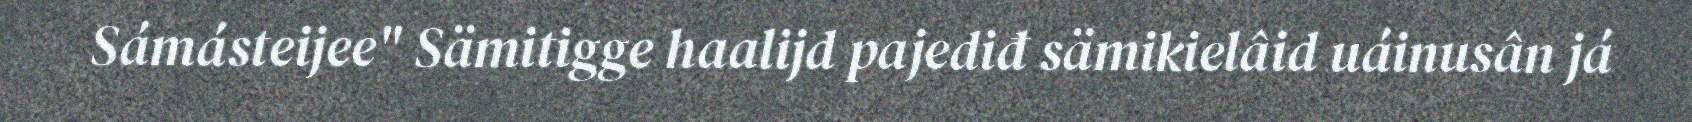
Sámásteijee" Sämitigge haalijd pajediđ sämikielâid uáinusân já